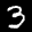
Label: 3